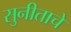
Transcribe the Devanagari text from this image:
सुनीताचे